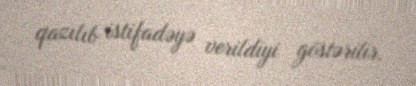
qazılıb istifadəyə verildiyi göstərilir.